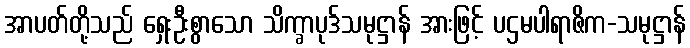
အာပတ်တို့သည် ရှေးဦးစွာသော သိက္ခာပုဒ်သမုဋ္ဌာန် အားဖြင့် ပဌမပါရာဇိက-သမုဋ္ဌာန်